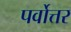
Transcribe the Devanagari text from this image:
पर्वोत्तर